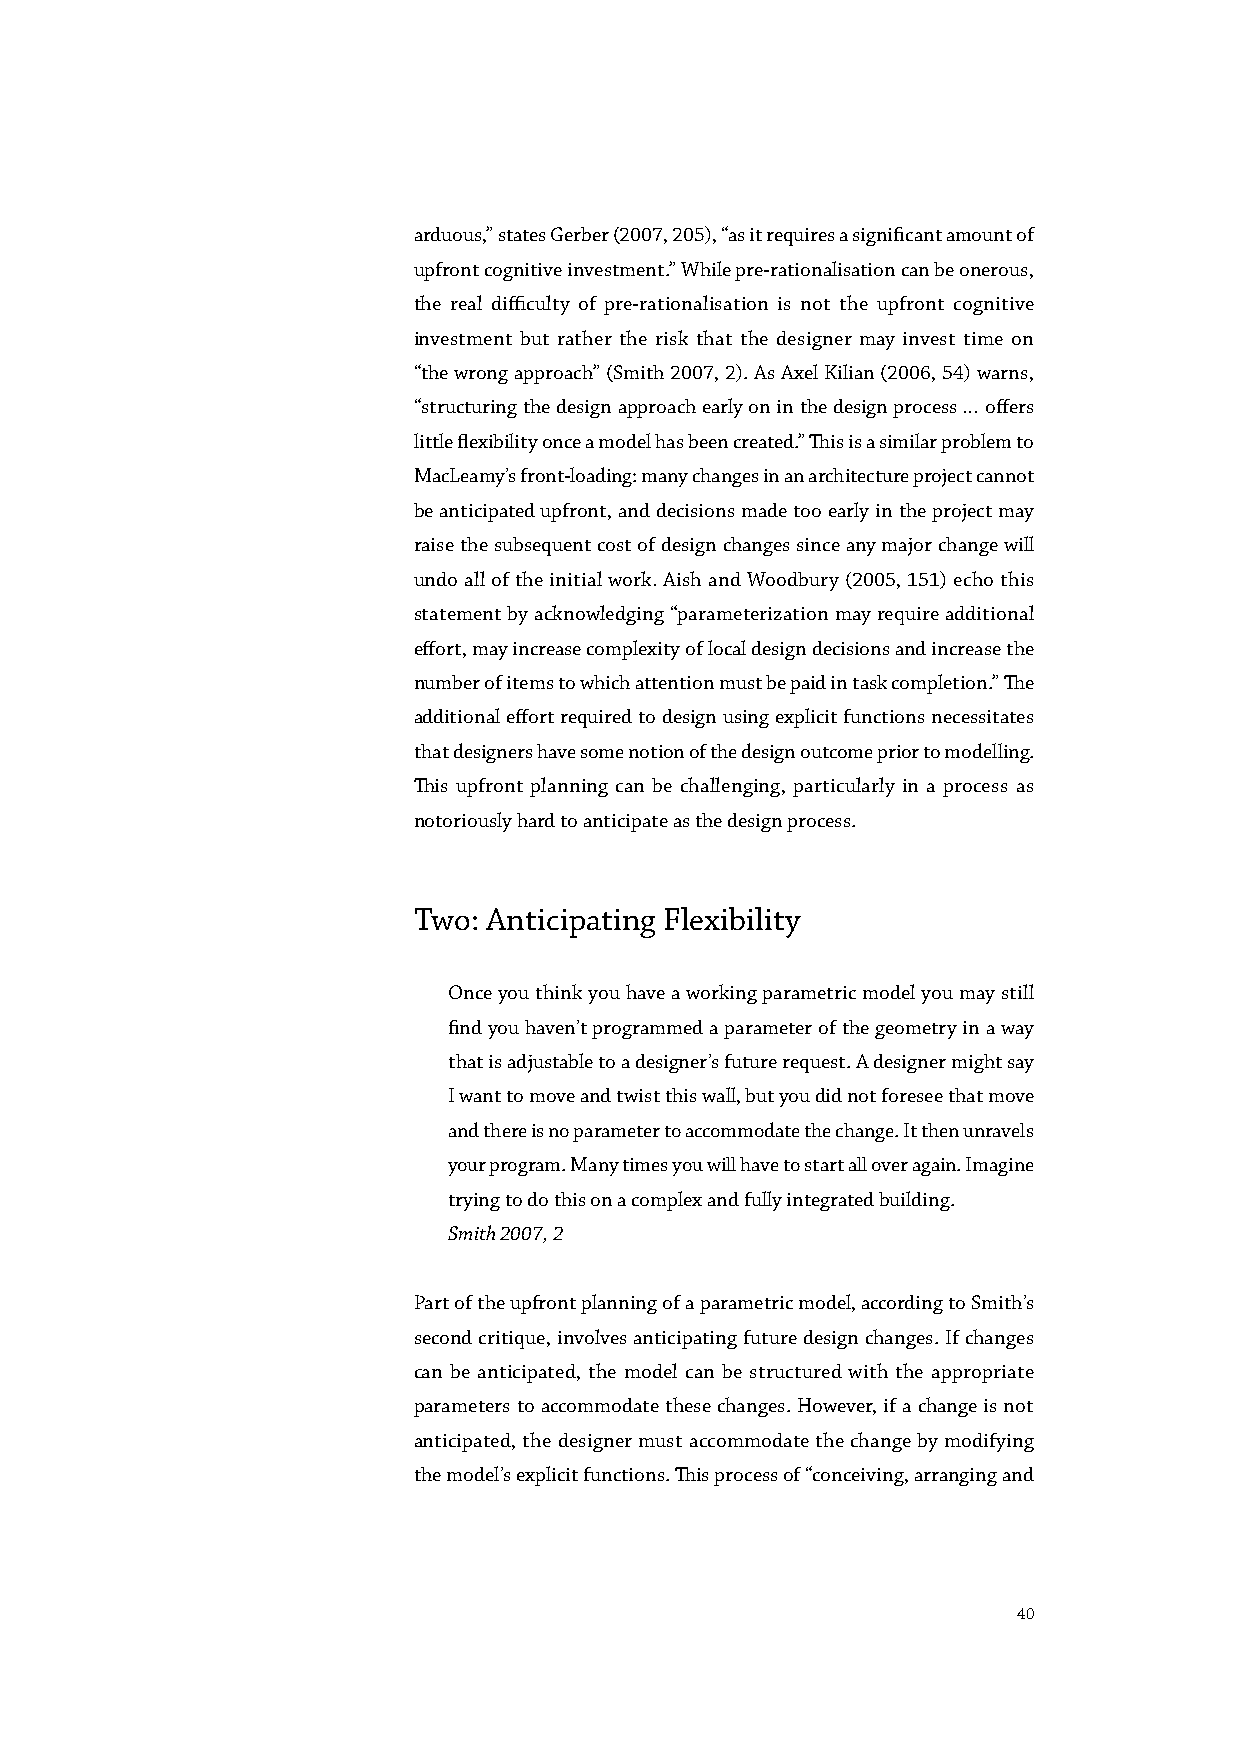
arduous,” states Gerber (2007, 205), “as it requires a significant amount of
 upfront cognitive investment.” While pre-rationalisation can be onerous,
 the real difficulty of pre-rationalisation is not the upfront cognitive
 investment but rather the risk that the designer may invest time on
 “the wrong approach” (Smith 2007, 2). As Axel Kilian (2006, 54) warns,
 “structuring the design approach early on in the design process … offers
 little flexibility once a model has been created.” This is a similar problem to
 MacLeamy’s front-loading: many changes in an architecture project cannot
 be anticipated upfront, and decisions made too early in the project may
 raise the subsequent cost of design changes since any major change will
 undo all of the initial work. Aish and Woodbury (2005, 151) echo this
 statement by acknowledging “parameterization may require additional
 effort, may increase complexity of local design decisions and increase the
 number of items to which attention must be paid in task completion.” The
 additional effort required to design using explicit functions necessitates
 that designers have some notion of the design outcome prior to modelling.
 This upfront planning can be challenging, particularly in a process as
 notoriously hard to anticipate as the design process.
 Two: Anticipating Flexibility
 Once you think you have a working parametric model you may still
 find you haven’t programmed a parameter of the geometry in a way
 that is adjustable to a designer’s future request. A designer might say
 I want to move and twist this wall, but you did not foresee that move
 and there is no parameter to accommodate the change. It then unravels
 your program. Many times you will have to start all over again. Imagine
 trying to do this on a complex and fully integrated building.
 Smith 2007, 2
 Part of the upfront planning of a parametric model, according to Smith’s
 second critique, involves anticipating future design changes. If changes
 can be anticipated, the model can be structured with the appropriate
 parameters to accommodate these changes. However, if a change is not
 anticipated, the designer must accommodate the change by modifying
 the model’s explicit functions. This process of “conceiving, arranging and
 40